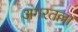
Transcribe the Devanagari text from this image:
अगरतल्ला